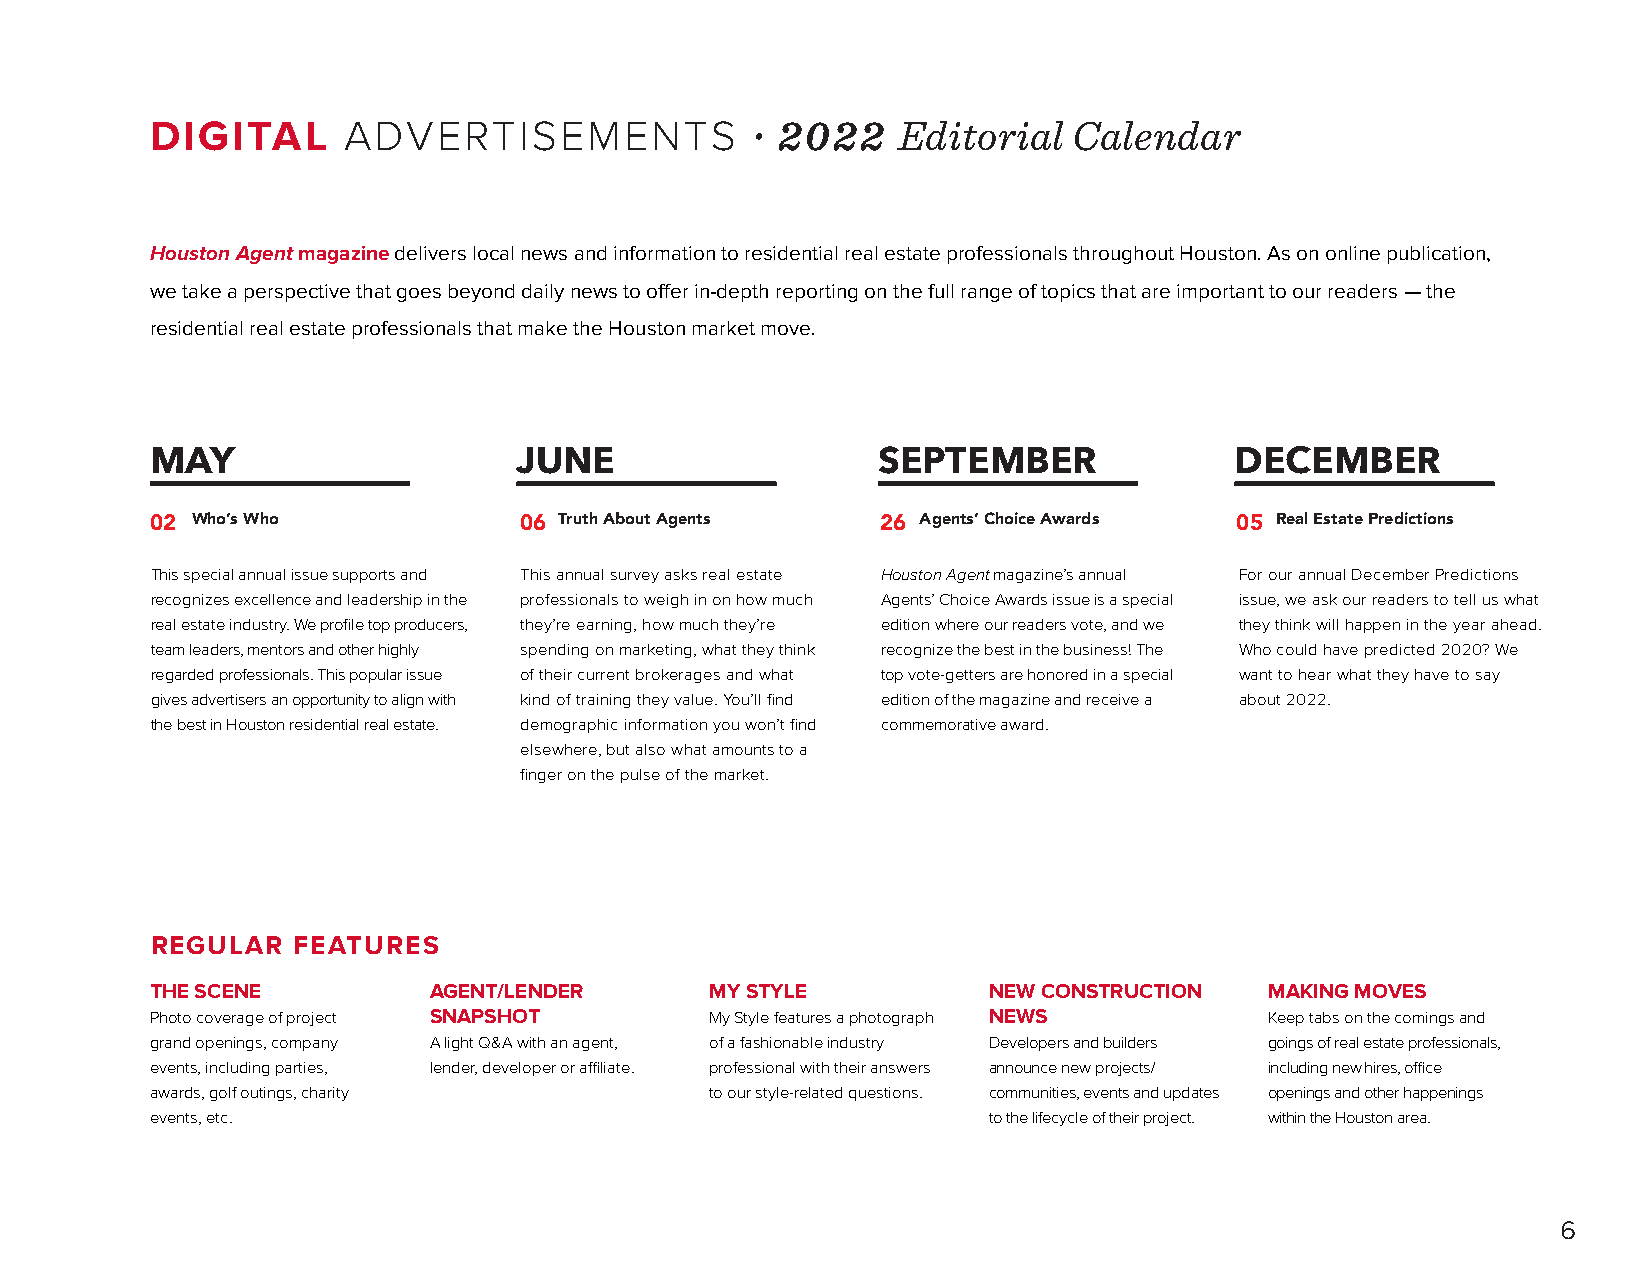
DIGITAL      ADVERTISEMENTS             · 2022   Editorial   Calendar
 Houston Agent magazine delivers local news and information to residential real estate professionals throughout Houston. As on online publication,
 we take a perspective that goes beyond daily news to offer in-depth reporting on the full range of topics that are important to our readers — the
 residential real estate professionals that make the Houston market move.
 MAY                     JUNE                    SEPTEMBER               DECEMBER
 02 Who’s Who            06 Truth About Agents   26 Agents’ Choice Awards 05 Real Estate Predictions
 This special annual issue supports and This annual survey asks real estate Houston Agent magazine’s annual For our annual December Predictions
 recognizes excellence and leadership in the professionals to weigh in on how much Agents’ Choice Awards issue is a special issue, we ask our readers to tell us what
 real estate industry. We profile top producers, they’re earning, how much they’re edition where our readers vote, and we they think will happen in the year ahead.
 team leaders, mentors and other highly spending on marketing, what they think recognize the best in the business! The Who could have predicted 2020? We
 regarded professionals. This popular issue of their current brokerages and what top vote-getters are honored in a special want to hear what they have to say
 gives advertisers an opportunity to align with kind of training they value. You’ll find edition of the magazine and receive a about 2022.
 the best in Houston residential real estate. demographic information you won’t find commemorative award.
 elsewhere, but also what amounts to a
 finger on the pulse of the market.
 REGULAR  FEATURES
 THE SCENE         AGENT/LENDER       MY STYLE          NEW CONSTRUCTION   MAKING MOVES
 Photo coverage of project SNAPSHOT   My Style features a photograph NEWS  Keep tabs on the comings and
 grand openings, company A light Q&A with an agent, of a fashionable industry Developers and builders goings of real estate professionals,
 events, including parties, lender, developer or affiliate. professional with their answers announce new projects/ including new hires, office
 awards, golf outings, charity        to our style-related questions. communities, events and updates openings and other happenings
 events, etc.                                           to the lifecycle of their project. within the Houston area.
 6